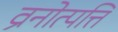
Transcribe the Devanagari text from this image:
व्रनोत्पत्ति